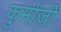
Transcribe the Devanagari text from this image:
कुर्मांजी